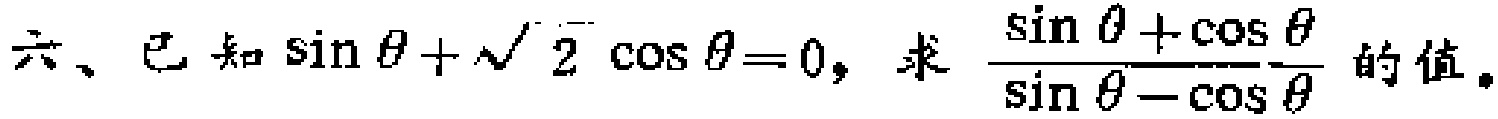
六、已知\(\sin\theta+\sqrt{2}\cos\theta = 0\)，求\(\frac{\sin\theta+\cos\theta}{\sin\theta - \cos\theta}\)的值。